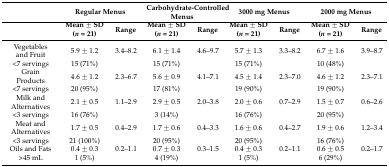
<table><thead><tr><td></td><td colspan="2"><b>Regular Menus</b></td><td colspan="2"><b>Carbohydrate-Controlled Menus</b></td><td colspan="2"><b>3000 mg Menus</b></td><td colspan="2"><b>2000 mg Menus</b></td></tr><tr><td></td><td><b>Mean ± SD (<i>n</i> = 21)</b></td><td><b>Range</b></td><td><b>Mean ± SD (<i>n</i> = 21)</b></td><td><b>Range</b></td><td><b>Mean ± SD (<i>n</i> = 21)</b></td><td><b>Range</b></td><td><b>Mean ± SD (<i>n</i> = 21)</b></td><td><b>Range</b></td></tr></thead><tbody><tr><td>Vegetables and Fruit</td><td>5.9 ± 1.2</td><td>3.4–8.2</td><td>6.1 ± 1.4</td><td>4.6–9.7</td><td>5.7 ± 1.3</td><td>3.3–8.2</td><td>6.7 ± 1.6</td><td>3.9–8.7</td></tr><tr><td>&lt;7 servings</td><td>15 (71%)</td><td></td><td>15 (71%)</td><td></td><td>15 (71%)</td><td></td><td>10 (48%)</td><td></td></tr><tr><td>Grain Products</td><td>4.6 ± 1.2</td><td>2.3–6.7</td><td>5.6 ± 0.9</td><td>4.1–7.1</td><td>4.5 ± 1.4</td><td>2.3–7.0</td><td>4.6 ± 1.2</td><td>2.3–7.1</td></tr><tr><td>&lt;7 servings</td><td>20 (95%)</td><td></td><td>17 (81%)</td><td></td><td>19 (90%)</td><td></td><td>19 (90%)</td><td></td></tr><tr><td>Milk and Alternatives</td><td>2.1 ± 0.5</td><td>1.1–2.9</td><td>2.9 ± 0.5</td><td>2.0–3.8</td><td>2.0 ± 0.6</td><td>0.7–2.9</td><td>1.5 ± 0.7</td><td>0.6–2.6</td></tr><tr><td>&lt;3 servings</td><td>16 (76%)</td><td></td><td>3 (14%)</td><td></td><td>16 (76%)</td><td></td><td>20 (95%)</td><td></td></tr><tr><td>Meat and Alternatives</td><td>1.7 ± 0.5</td><td>0.4–2.9</td><td>1.7 ± 0.6</td><td>0.4–3.3</td><td>1.6 ± 0.6</td><td>0.4–2.7</td><td>1.9 ± 0.6</td><td>1.2–3.4</td></tr><tr><td>&lt;3 servings</td><td>21 (100%)</td><td></td><td>20 (95%)</td><td></td><td>20 (95%)</td><td></td><td>16 (76%)</td><td></td></tr><tr><td>Oils and Fats</td><td>0.4 ± 0.3</td><td>0.2–1.1</td><td>0.7 ± 0.3</td><td>0.3–1.5</td><td>0.4 ± 0.3</td><td>0.2–1.1</td><td>0.6 ± 0.5</td><td>0.2–1.7</td></tr><tr><td>&gt;45 mL</td><td>1 (5%)</td><td></td><td>4 (19%)</td><td></td><td>1 (5%)</td><td></td><td>6 (29%)</td><td></td></tr></tbody></table>